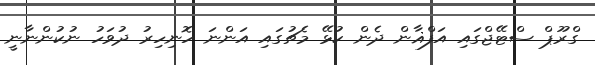
ގްރޫޕް ސްޓޭޖްގައި އަފްޣާން ދެން ކުޅޭ މެޗުގައި އަންނަ ހޮނިހިރު ދުވަހު ނުކުންނާނީ